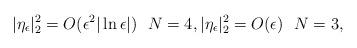
LaTeX: \begin{align*}|\eta_\epsilon|^2_2=O(\epsilon^2|\ln\epsilon|)\ \ N=4,|\eta_\epsilon|^2_2=O(\epsilon) \ \ N=3,\end{align*}